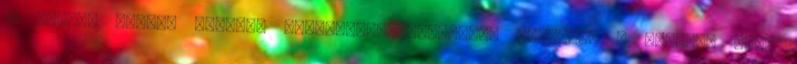
10 órakor induló vonatok Szabadbattyán-Lepsény irányába a Balaton déli